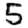
Digit: 5